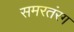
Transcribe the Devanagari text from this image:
समरतंरग